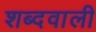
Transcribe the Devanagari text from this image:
शब्दवाली